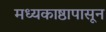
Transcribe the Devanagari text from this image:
मध्यकाष्ठापासून